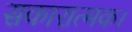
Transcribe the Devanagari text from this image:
सकारात्मक।